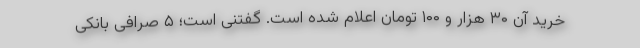
خرید آن ۳۰ هزار و ۱۰۰ تومان اعلام شده است. گفتنی است؛ ۵ صرافی بانکی